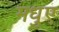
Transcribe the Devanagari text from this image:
मधुए